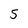
Character: 5